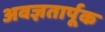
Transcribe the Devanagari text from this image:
अवज्ञतार्पूक